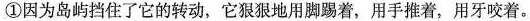
①因为岛屿挡住了它的转动，它狠狠地用脚踢着，用手推着，用牙咬着。